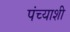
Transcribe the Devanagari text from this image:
पंच्याशी